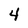
Character: 4